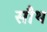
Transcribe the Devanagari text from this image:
सौथ